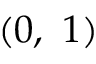
( 0 , ~ 1 )